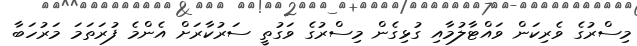
މިސްރުގެ ވެރިކަން ވައްޓާލުމާއި ގުޅިގެން މިސްރުގެ ވަގުތީ ސަރުކާރަށް އެންމެ ފުރަތަމަ މަރުހަބާ